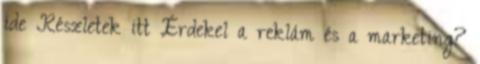
ide Részletek itt Érdekel a reklám és a marketing?